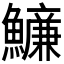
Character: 𩼖